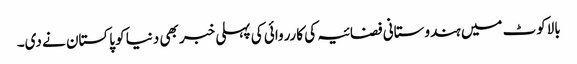
بالاکوٹ میں ہندوستانی فضائیہ کی کارروائی کی پہلی خبر بھی دنیا کو پاکستان نے دی۔